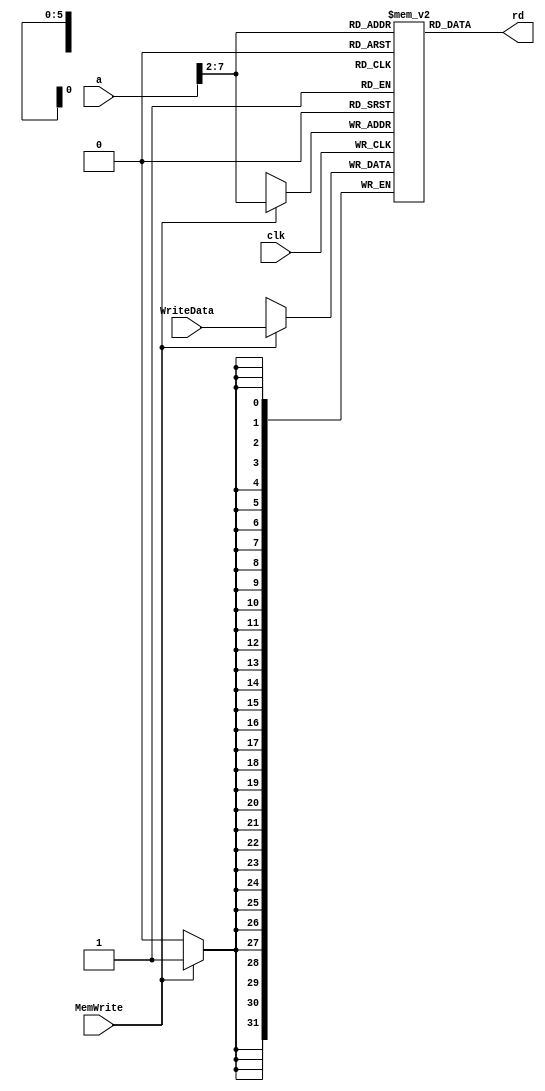
module dmem(input clk, MemWrite,
            input [31:0] a, WriteData,
            output [31:0] rd);
    reg [31:0] RAM [63:0];
    assign rd = RAM[a[31:2]];
    always @ (posedge clk)
        if(MemWrite)
            RAM[a[31:2]] <= WriteData;
endmodule